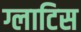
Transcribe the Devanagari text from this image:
ग्लाटिस